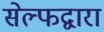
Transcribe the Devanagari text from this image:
सेल्फद्वारा